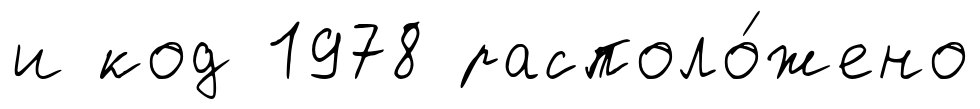
и код 1978 располо́жено